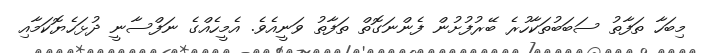
މިބަހާ ތަފާތު ސަބަބުތަކާހުރެ ބޭރުފުށުން ފެންނަގޮތް ތަފާތު ވަނީއެވެ. އެމީހެއްގެ ނަފްސާނީ ދުޅަހެޔޮކަމާއި